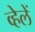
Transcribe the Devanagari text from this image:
व्हेलें